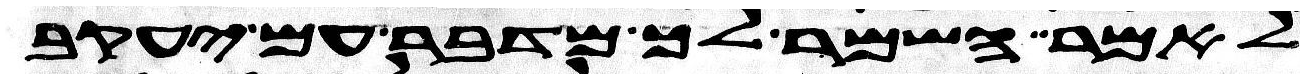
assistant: לאמר השמר לך מדבר עם יעקב